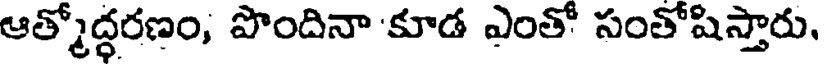
ఆత్మోద్ధరణం, పొందినా 'కూడ ఎంతో సంతోషిస్తారు,